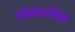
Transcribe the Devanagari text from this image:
ओंकोजनिक